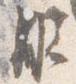
脱